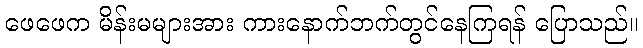
ဖေဖေက မိန်းမများအား ကားနောက်ဘက်တွင်နေကြရန် ပြောသည်။